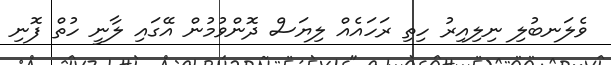
ވެލަނބުލި ނިލިއިރު ހިތި ރަހައެއް ލިޔަސް ދޮންވުމުން އޭގައި ލާނީ ހުތް ފޮނި